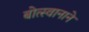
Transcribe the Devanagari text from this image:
बोत्स्वानाने